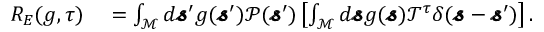
\begin{array} { r l } { R _ { E } ( g , \tau ) } & { { } = \int _ { \mathcal { M } } d \pmb { \mathscr { s } } ^ { \prime } g ( \pmb { \mathscr { s } } ^ { \prime } ) \mathscr { P } ( \pmb { \mathscr { s } } ^ { \prime } ) \left[ \int _ { \mathcal { M } } d \pmb { \mathscr { s } } g ( \pmb { \mathscr { s } } ) \mathscr { T } ^ { \tau } \delta ( \pmb { \mathscr { s } } - \pmb { \mathscr { s } } ^ { \prime } ) \right] . } \end{array}